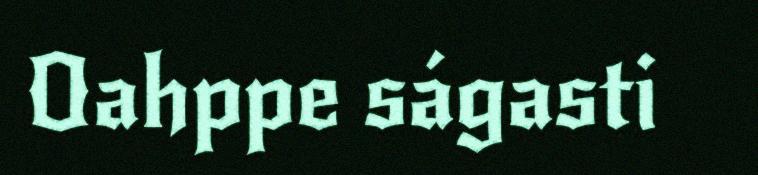
Oahppe ságasti